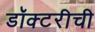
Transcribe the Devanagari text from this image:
डॉक्टरीची